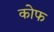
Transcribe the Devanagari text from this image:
कोफ